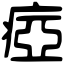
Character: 瘂